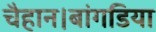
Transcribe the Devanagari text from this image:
चैहान।बांगडिया